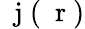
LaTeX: \mathrm{~\mathbf~j~}(\mathrm{~\mathbf~r~})